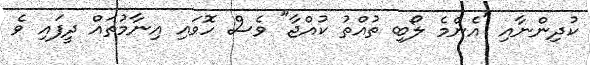
ކުދިންނާއި "އެންމެ ލޯބި ތުއްތު ކުއްޖާ" ވެސް ހޮވައި އިނާމުތައް ދީފައި ވެ